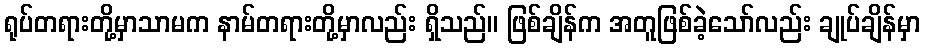
ရုပ်တရားတို့မှာသာမက နာမ်တရားတို့မှာလည်း ရှိသည်။ ဖြစ်ချိန်က အတူဖြစ်ခဲ့သော်လည်း ချုပ်ချိန်မှာ